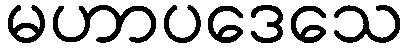
မဟာပဒေသေ